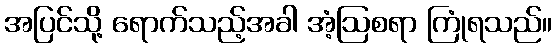
အပြင်သို့ ရောက်သည့်အခါ အံ့ဩစရာ ကြုံရသည်။